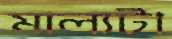
মাল্যটা